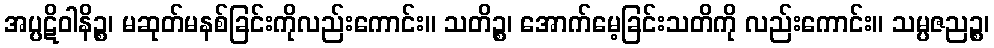
အပ္ပဋိဝါနိဉ္စ၊ မဆုတ်မနစ်ခြင်းကိုလည်းကောင်း။ သတိဉ္စ၊ အောက်မေ့ခြင်းသတိကို လည်းကောင်း။ သမ္ပဇညဉ္စ၊